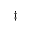
^ { \ddagger }